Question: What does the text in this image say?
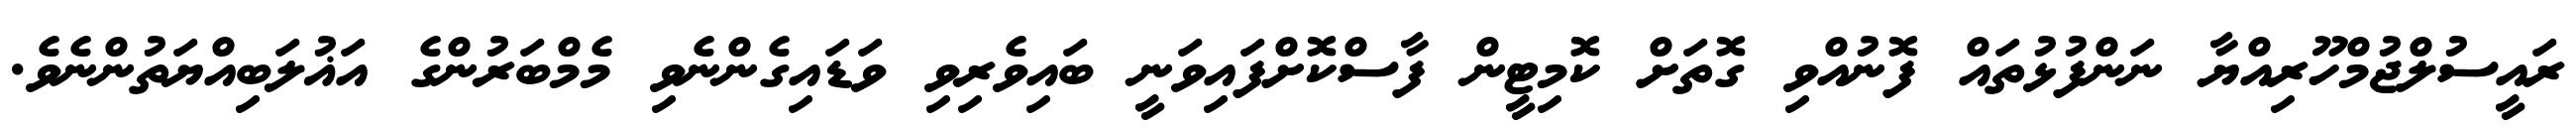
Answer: ރައީސުލްޖުމްހޫރިއްޔާ ނަންފުޅުތައް ފޮނުއްވި ގޮތަށް ކޮމިޓީން ފާސްކޮށްފައިވަނީ ބައިވެރިވި ވަޑައިގެންނެވި މެމްބަރުންގެ އަޣުލަބިއްޔަތުންނެވެ.